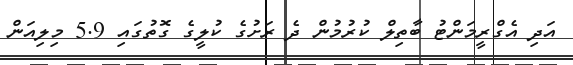
އަދި އެގްރީމަންޓު ބާތިލް ކުރުމުން ދެ ރަށުގެ ކުލީގެ ގޮތުގައި 5.9 މިލިއަން